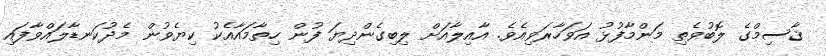
ޤާސިމްގެ ލޮބުވެތި މަންމާފުޅު އަވަހާރަވިއެވެ. އާއިލާއަށް ލިބިގެންދިޔަ ފުން ހިތާމައާއެކު ކިޔެވުން މެދުކަނޑާލައްވާފައި